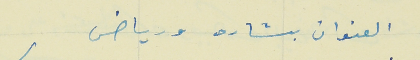
العنوان بشاره ورياض